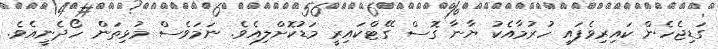
ގަޑިޖެހެން ކައިރިވެފައި ހުރުމާއެކު ޔާނާ ގޮސް ގޭޓްކައިރީ މަޑުކޮށްލިއެވެ. ނަމަވެސް މުޅިތަން ހޯދެނީއެވެ.